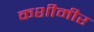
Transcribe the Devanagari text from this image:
कशीमीर